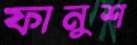
ফানুশ